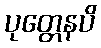
ပုတ္တေနပိ